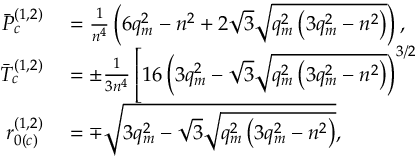
\begin{array} { r l } { \Bar { P } _ { c } ^ { ( 1 , 2 ) } } & { { } = \frac { 1 } { n ^ { 4 } } \left( 6 q _ { m } ^ { 2 } - n ^ { 2 } + 2 \sqrt { 3 } \sqrt { q _ { m } ^ { 2 } \left( 3 q _ { m } ^ { 2 } - n ^ { 2 } \right) } \right) , } \\ { \Bar { T } _ { c } ^ { ( 1 , 2 ) } } & { { } = \pm \frac { 1 } { 3 n ^ { 4 } } \left[ 1 6 \left( 3 q _ { m } ^ { 2 } - \sqrt { 3 } \sqrt { q _ { m } ^ { 2 } \left( 3 q _ { m } ^ { 2 } - n ^ { 2 } \right) } \right) ^ { 3 / 2 } \right. } \\ { r _ { 0 ( c ) } ^ { ( 1 , 2 ) } } & { { } = \mp { \sqrt { 3 q _ { m } ^ { 2 } - \sqrt { 3 } \sqrt { q _ { m } ^ { 2 } \left( 3 q _ { m } ^ { 2 } - n ^ { 2 } \right) } } } , } \end{array}